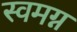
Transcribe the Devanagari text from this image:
स्वमग्न